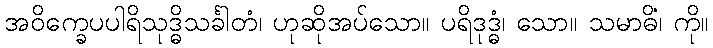
အဝိက္ခေပပါရိသုဒ္ဓိသင်္ခါတံ၊ ဟုဆိုအပ်သော။ ပရိဒုဒ္ဓံ၊ သော။ သမာဓိံ၊ ကို။